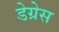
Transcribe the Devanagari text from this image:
डेग्रेस